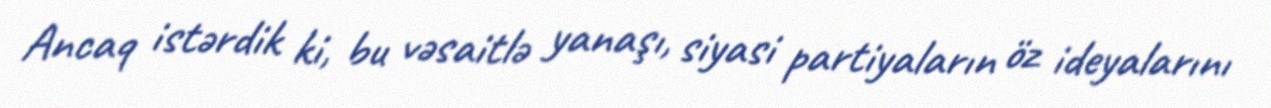
Ancaq istərdik ki, bu vəsaitlə yanaşı, siyasi partiyaların öz ideyalarını